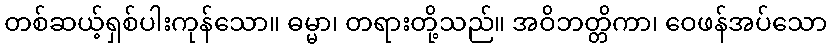
တစ်ဆယ့်ရှစ်ပါးကုန်သော။ ဓမ္မာ၊ တရားတို့သည်။ အဝိဘတ္တိကာ၊ ဝေဖန်အပ်သော